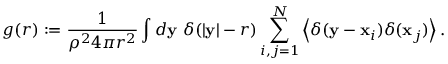
g ( r ) : = \frac 1 { \rho ^ { 2 } 4 \pi r ^ { 2 } } \int d \mathbf y \ \delta ( | \mathbf y | - r ) \sum _ { i , j = 1 } ^ { N } \left< \delta ( \mathbf y - \mathbf x _ { i } ) \delta ( \mathbf x _ { j } ) \right> .